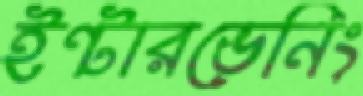
ইন্টারভেনিং